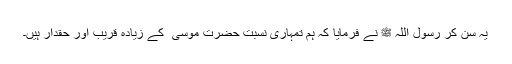
یہ سن کر رسول اللہ ﷺ نے فرمایا کہ ہم تمہاری نسبت حضرت موسیٰ ؑ کے زیادہ قریب اور حقدار ہیں۔